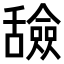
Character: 𬜐